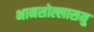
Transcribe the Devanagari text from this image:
भानसोल्लासमु